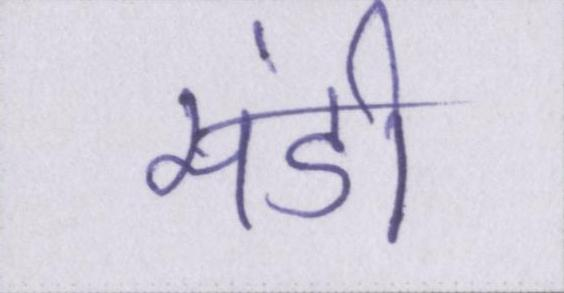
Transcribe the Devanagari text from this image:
मंडी